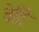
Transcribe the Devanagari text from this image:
वेर्दि